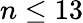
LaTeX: n\leq 13